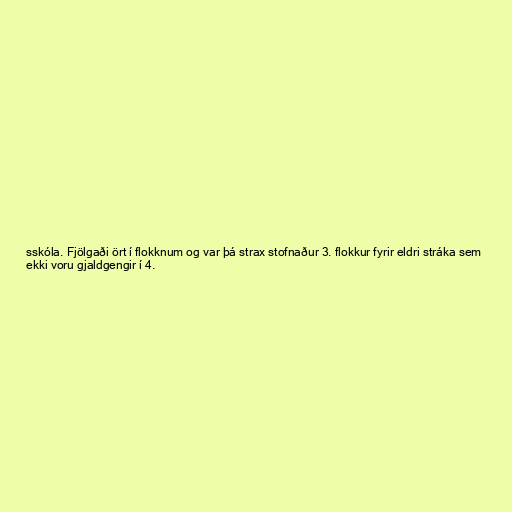
sskóla. Fjölgaði ört í flokknum og var þá strax stofnaður 3. flokkur fyrir eldri stráka sem
ekki voru gjaldgengir í 4.